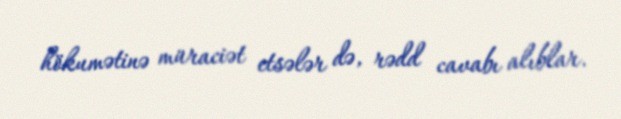
hökumətinə müraciət etsələr də, rədd cavabı alıblar.